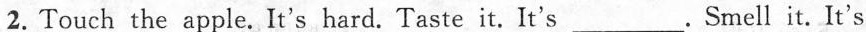
2.Touch the apple. It's \underline{hard}. Taste it. It's___. Smell it. It's